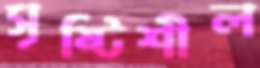
সৃষ্টিশীল